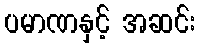
ပမာဏနှင့် အဆင်း